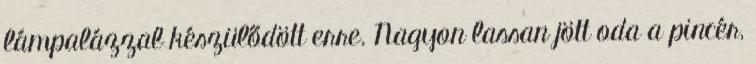
lámpalázzal készülődött erre. Nagyon lassan jött oda a pincér,